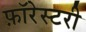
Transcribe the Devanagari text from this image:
फ़ॉरेस्टरी